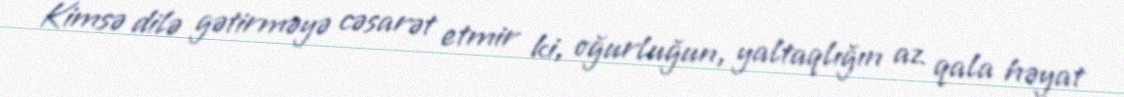
Kimsə dilə gətirməyə cəsarət etmir ki, oğurluğun, yaltaqlığın az qala həyat